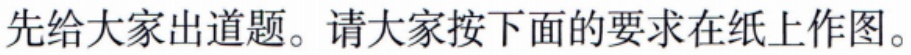
先给大家出道题。请大家按下面的要求在纸上作图。